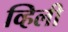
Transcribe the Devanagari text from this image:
व्हिली